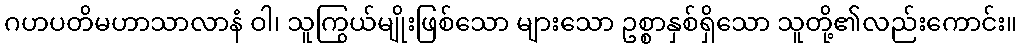
ဂဟပတိမဟာသာလာနံ ဝါ၊ သူကြွယ်မျိုးဖြစ်သော များသော ဥစ္စာနှစ်ရှိသော သူတို့၏လည်းကောင်း။